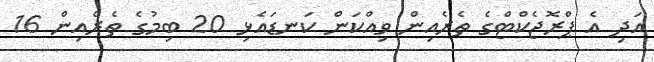
އަދި އެ ޕްރޮޖެކްޓްގެ ތެރެއިން ވިއްކަން ކަނޑައެޅި 20 ބިމުގެ ތެރެއިން 16